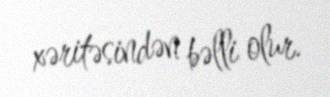
xəritəsindən bəlli olur.